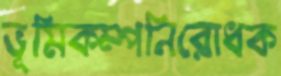
ভূমিকম্পনিরোধক